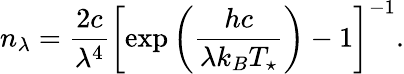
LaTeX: n_{\lambda}=\frac{2c}{\lambda^{4}}\left[\exp\left(\frac{hc}{\lambda k_{B}T_{\star}}\right)-1\right]^{-1}.